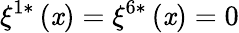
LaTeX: \xi^{1*}\left(\mathit{x}\right)=\xi^{6*}\left(\mathit{x}\right)=0